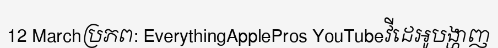
12 Marchប្រភព: EverythingApplePros YouTubeវីដេអូបង្ហាញ